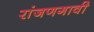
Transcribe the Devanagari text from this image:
रांजणगावी